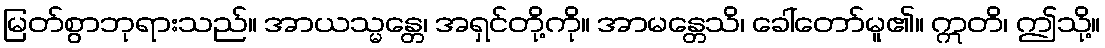
မြတ်စွာဘုရားသည်။ အာယသ္မန္တေ၊ အရှင်တို့ကို။ အာမန္တေသိ၊ ခေါ်တော်မူ၏။ ဣတိ၊ ဤသို့။